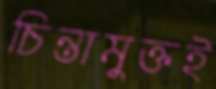
চিন্তামুক্তই